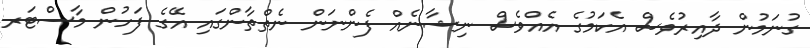
ގުނަމުން ދާއިރުވެސް އެކަމުގެ އެއްވެސް ނިޝާނެއް ފެންނަން ނެތްތާންގައި އޭގެ ފަހުން މާސްޓަރ